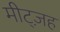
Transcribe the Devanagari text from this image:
मीट्ज़ह